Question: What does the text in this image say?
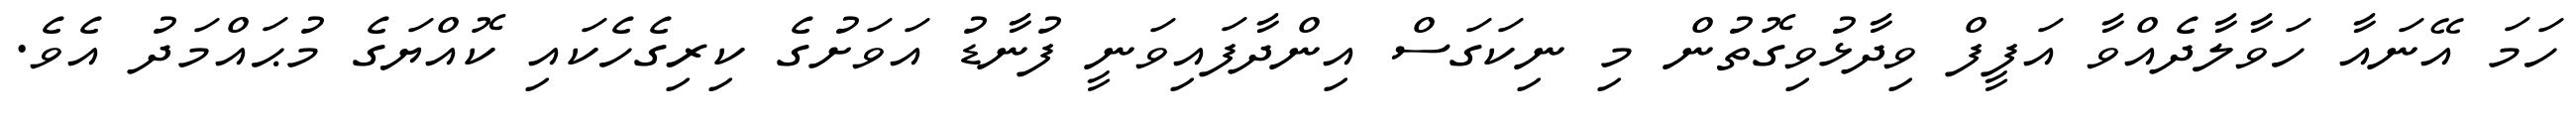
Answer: ހަމަ އޭނައާ ހަވާލާދެއްވާ އަފީފް ވިދާޅުވިގޮތުން މި ނިކަގަސް އިންދާފައިވަނީ ފުނާޑު އަވަށުގެ ކިރިގެހެކައި ކޮއްޔަގެ މުޙައްމަދު އެވެ.